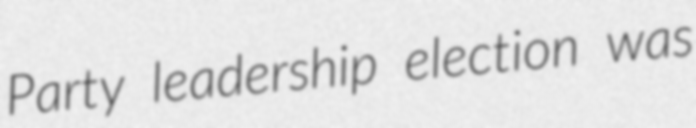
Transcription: Party leadership election was